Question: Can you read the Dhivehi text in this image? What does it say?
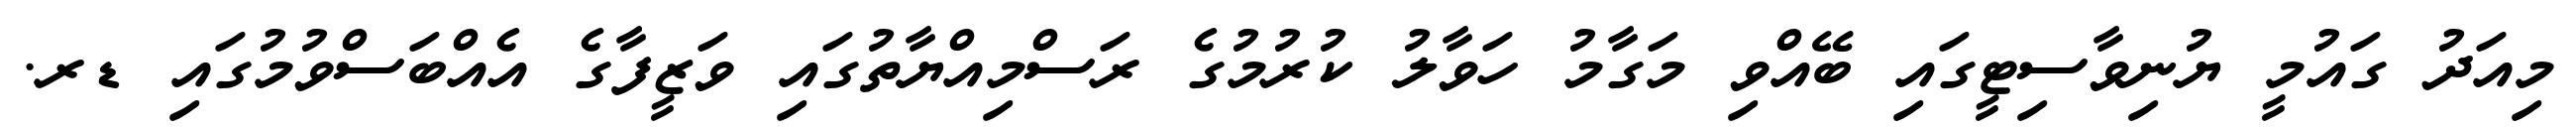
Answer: މިއަދު ގައުމީ ޔުނިވާސިޓީގައި ބޭއްވި މަގާމު ހަވާލު ކުރުމުގެ ރަސްމިއްޔާތުގައި ވަޒީފާގެ އެއްބަސްވުމުގައި ޑރ.